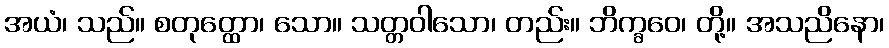
အယံ၊ သည်။ စတုတ္ထော၊ သော။ သတ္တဝါသော၊ တည်း။ ဘိက္ခဝေ၊ တို့။ အသညိနော၊